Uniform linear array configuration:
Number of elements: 32
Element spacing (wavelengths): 1
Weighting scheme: hamming
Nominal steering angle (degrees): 60
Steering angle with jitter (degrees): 59.391
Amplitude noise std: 0.05
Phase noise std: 0.05

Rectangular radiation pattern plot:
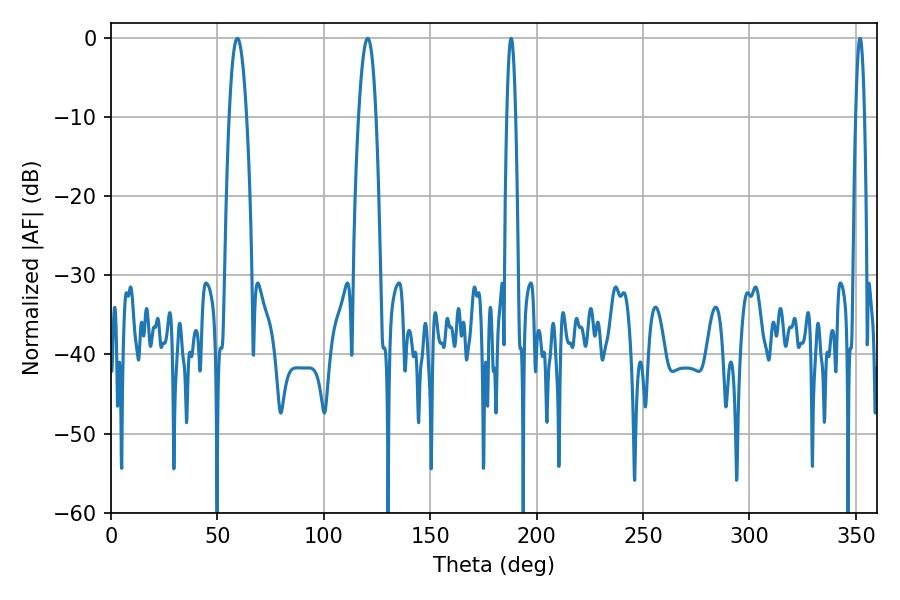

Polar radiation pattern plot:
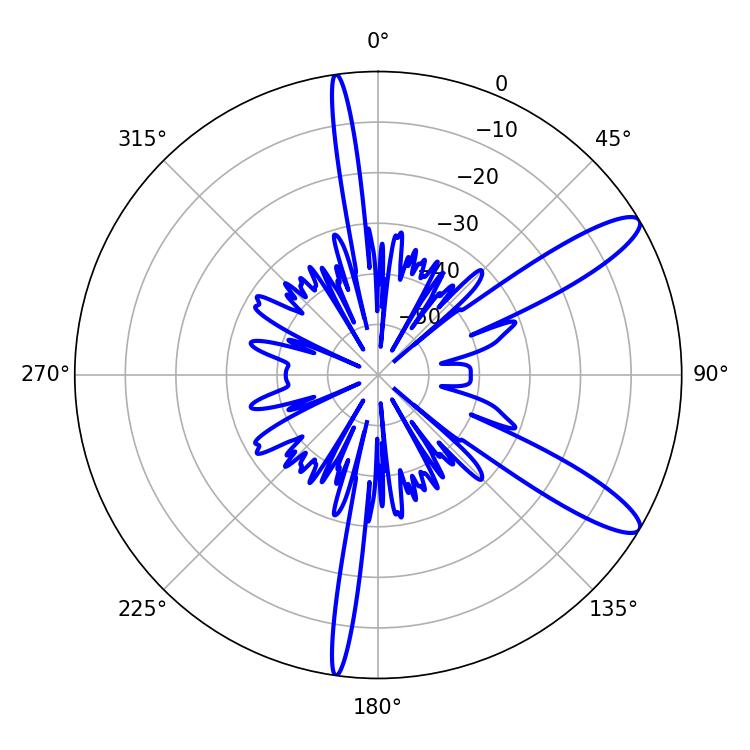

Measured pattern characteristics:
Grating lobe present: TRUE
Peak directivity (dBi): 11.714
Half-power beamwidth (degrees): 4.5
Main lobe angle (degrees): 59.4